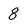
Character: 8